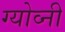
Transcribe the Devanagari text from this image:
ग्योव्नी